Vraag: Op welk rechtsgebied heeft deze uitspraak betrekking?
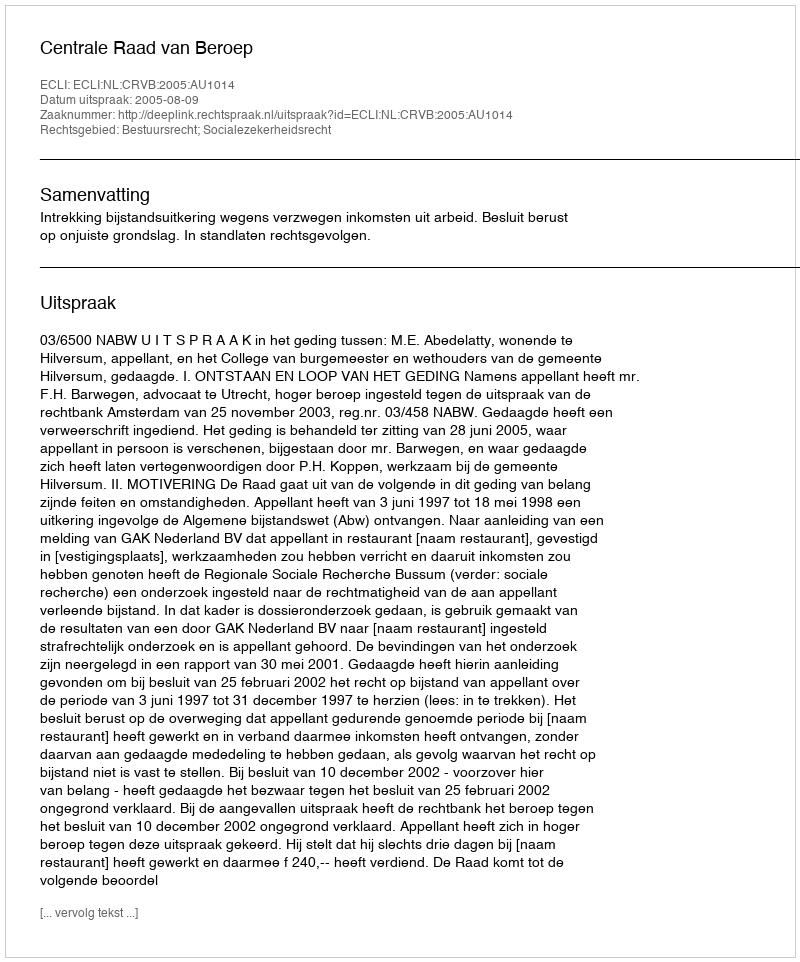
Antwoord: Bestuursrecht; Socialezekerheidsrecht